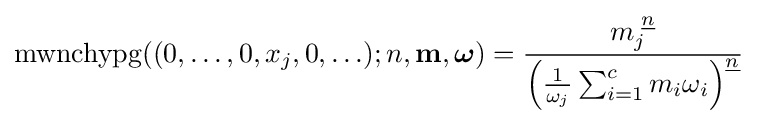
\operatorname {mwnchypg} ((0,\ldots ,0,x_{j},0,\ldots );n,\mathbf {m} ,{\boldsymbol {\omega }})={\frac {m_{j}^{\,\,{\underline {n}}}}{\left({\frac {1}{\omega _{j}}}\sum _{i=1}^{c}m_{i}\omega _{i}\right)^{\underline {n}}}}